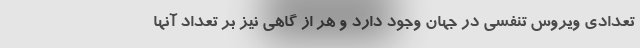
تعدادی ویروس تنفسی در جهان وجود دارد و هر از گاهی نیز بر تعداد آنها